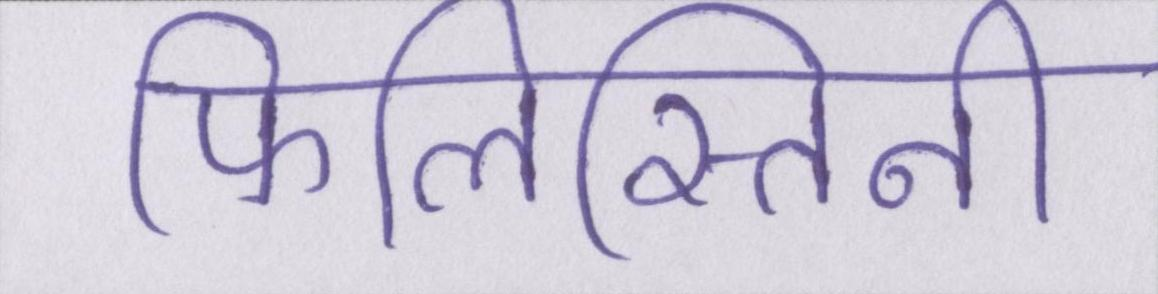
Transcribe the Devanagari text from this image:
फिलिस्तिनी